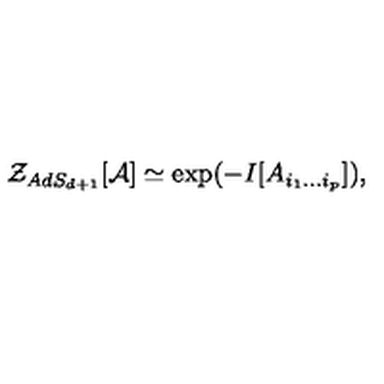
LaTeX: { \cal Z } _ { A d S _ { d + 1 } } [ { \cal A } ] \simeq \exp ( - I [ A _ { i _ { 1 } \ldots i _ { p } } ] ) ,